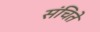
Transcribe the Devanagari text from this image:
संचिते